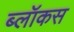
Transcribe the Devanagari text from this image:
ब्लॉकस